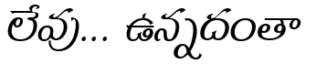
లేవు... ఉన్నదంతా